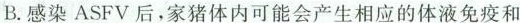
B.感染ASFV后，家猪体内可能会产生相应的体液免疫和